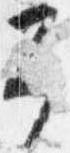
予